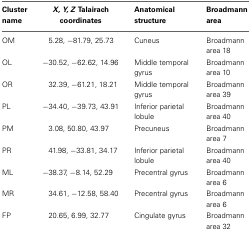
| Cluster name | X, Y, Z Talairach coordinates | Anatomical structure | Broadmann area |
 | --- | --- | --- | --- |
 | OM | 5.28, −81.79, 25.73 | Cuneus | Broadmann area 18 |
 | OL | −30.52, −62.62, 14.96 | Middle temporal gyrus | Broadmann area 10 |
 | OR | 32.39, −61.21, 18.21 | Middle temporal gyrus | Broadmann area 39 |
 | PL | −34.40, −39.73, 43.91 | Inferior parietal lobule | Broadmann area 40 |
 | PM | 3.08, 50.80, 43.97 | Precuneus | Broadmann area 7 |
 | PR | 41.98, −33.81, 34.17 | Inferior parietal lobule | Broadmann area 40 |
 | ML | −38.37, −8.14, 52.29 | Precentral gyrus | Broadmann area 6 |
 | MR | 34.61, −12.58, 58.40 | Precentral gyrus | Broadmann area 6 |
 | FP | 20.65, 6.99, 32.77 | Cingulate gyrus | Broadmann area 32 |